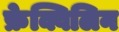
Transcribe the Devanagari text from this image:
फ्रेक्विलिन